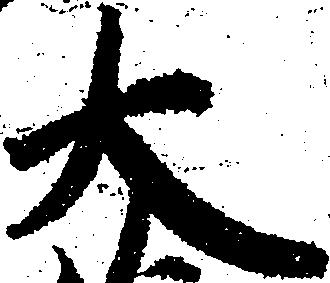
大